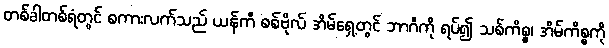
တစ်ခါတစ်ရံတွင် စကားလက်သည် ယန်ကီ စစ်ဗိုလ် အိမ်ရှေ့တွင် ဘာဂီကို ရပ်၍ သစ်ကိစ္စ၊ အိမ်ကိစ္စကို